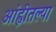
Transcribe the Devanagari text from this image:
आंह्वीतल्या